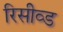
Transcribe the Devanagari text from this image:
रिसीव्ड